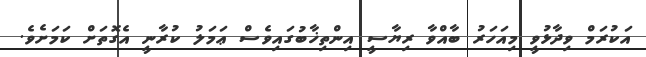
އަކުރަމް ވިދާޅުވީ މިއަހަރު ބާއްވާ ރިޔާސީ އިންތިޚާބުގައިވެސް ޢަމަލު ކުރާނީ އެގޮތަށް ކަމަށެވެ.